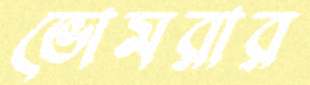
ভোমরার